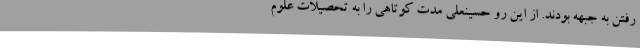
رفتن به جبهه بودند. از این رو حسینعلی مدت کوتاهی را به تحصیلات علوم